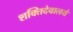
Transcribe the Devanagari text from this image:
शक्तिदेवालये